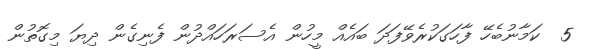
5  ކަމާނުބެހޭ ފާހަގަކުރެވޭފަދަ ބައެއް މީހުން އެސަރަހައްދުން ފެނިގެން ދިޔަ މިގޮތުން